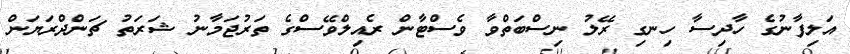
އަލިފާނުގެ ހާދިސާ ހިނގި ރޭލު ނިސްބަތްވާ ވެސްޓާން ރެއިލްވޭސްގެ ތަރުޖަމާނު ޝަރަތު ޗަންދްރަޔަން